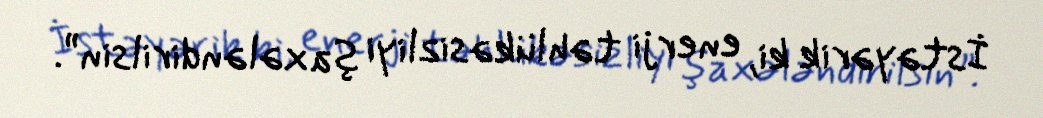
İstəyərik ki, enerji təhlükəsizliyi şaxələndirilsin”.